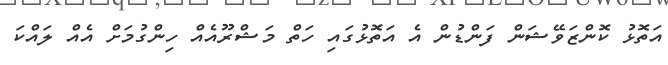
އަތޮޅު ކޮންޒަވޭޝަން ފަންޑުން އެ އަތޮޅުގައި ހަތް މަޝްރޫއެއް ހިންގުމަށް އެއް ލައްކަ